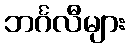
ဘင်္ဂလီများ